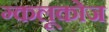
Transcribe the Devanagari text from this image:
ग्कलूकोज